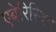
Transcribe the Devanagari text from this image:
एबेरिस्विद